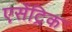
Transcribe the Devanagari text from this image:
एसेंट्रिक